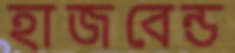
হাজবেন্ড